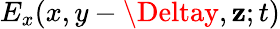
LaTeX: E_{x}(x,y-\Deltay,\mathbf{z};t)